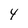
Character: 4